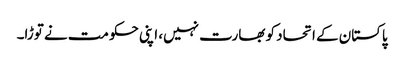
پاکستان کے اتحاد کو بھارت نہیں، اپنی حکومت نے توڑا۔